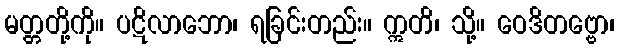
မတ္တတို့ကို။ ပဋိလာဘော၊ ရခြင်းတည်း။ ဣတိ၊ သို့။ ဝေဒိတဗ္ဗော၊